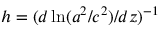
h = ( d \ln ( a ^ { 2 } / c ^ { 2 } ) / d z ) ^ { - 1 }